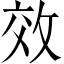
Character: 效